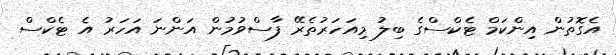
އެގޮތުން އިންކަމް ޓެކްސްގެ ބިލު މިއަހަރުތެރޭ ފާސްވުމުން އަންނަ އަހަރު އެ ޓެކްސް